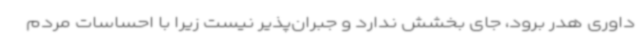
داوری هدر برود، جای بخشش ندارد و جبران‌پذیر نیست زیرا با احساسات مردم